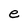
Character: e